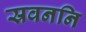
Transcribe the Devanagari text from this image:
स्रवननि